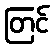
တြင်